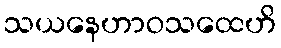
သယနေဟာဝသထေဟိ